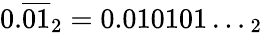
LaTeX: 0.{\overline{{01}}}_{2}=0.010101\dots_{2}